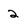
Character: 2